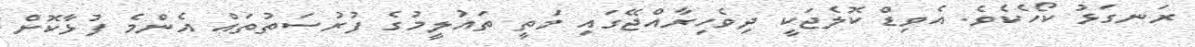
ރަނގަޅު ކޯހެކެވެ. އެވިޑް ކޮލެޖަކީ ދިވެހިރާއްޖޭގައި މަތީ ތައުލީމުގެ ފުރުސަތުތައް އެންމެ ފުޅާކޮށް